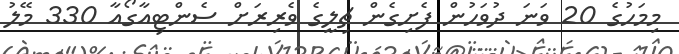
މިމަހުގެ 20 ވަނަ ދުވަހުން ފެށިގެން ޗިލީގެ ވެރިރަށް ސެންޓިއާގޯއާ 330 މޭލު